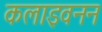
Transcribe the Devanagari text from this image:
कलाइवनन